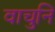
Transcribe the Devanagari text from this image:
वाचुनि